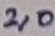
Text: X1:3